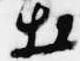
出